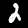
Digit: 2